Civil Veterinary Dept. Bombay admin report 1907-1913 - 1907-1913
Year: 1907
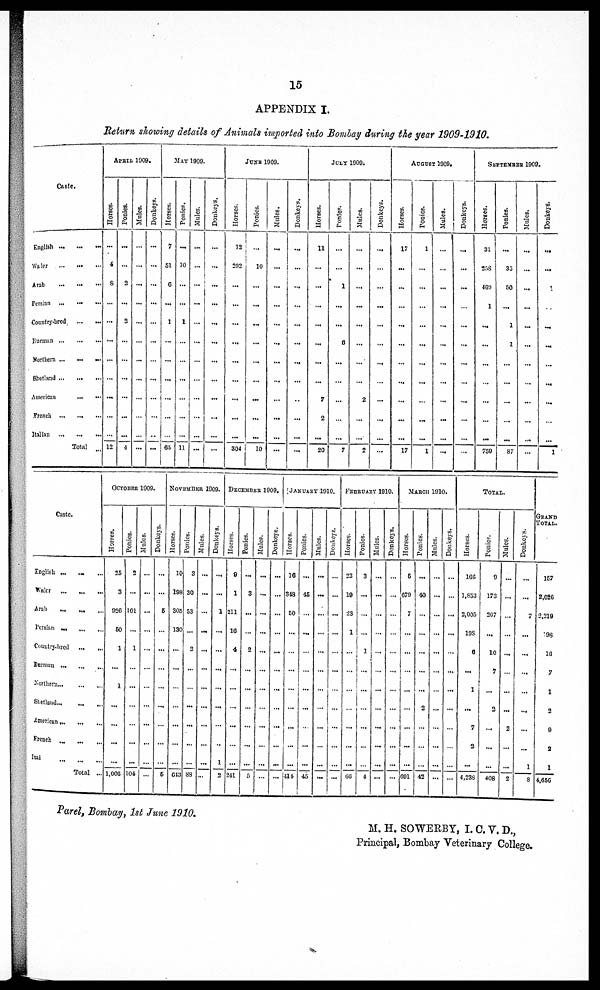
15
APPENDIX I.
Return showing details of Animals imported into Bombay during the year 1909-1910.
Caste
English ... ... ...
Waler
...
...
...
Arab ... ... ...
Persian
...
...
...
Country-bred
Burman ... ... ...
Northern ... ... ...
Shetland
...
...
...
American ... ...
French ... ... ...
Italian ... ... ...
Total ...
APRIL 1909.
Horses.
...
4
8
...
...
...
...
...
...
...
...
12
Ponies.
...
...
...
...
...
...
...
...
...
...
...
4
Mules.
...
...
...
...
...
...
...
...
...
...
...
...
Donkeys.
...
...
...
...
...
...
...
...
...
...
..
...
MAY 1909.
Horses.
7
51
0
...
1
...
...
...
...
...
...
65
Ponies.
...
30
...
...
1
...
...
...
...
...
...
11
Mules.
...
...
...
...
...
...
...
...
...
...
...
...
Donkeys.
...
...
...
...
...
...
...
...
...
...
...
...
...
JUNE 1909.
Horses.
12
292
...
...
...
...
...
...
...
...
...
304
Ponies.
...
10
...
...
...
...
...
...
...
...
...
10
Mules.
...
...
...
...
...
...
...
...
...
...
...
...
Donkeys.
...
...
...
...
...
...
...
...
...
...
...
...
Horses.
11
...
...
...
...
...
...
...
7
2
...
20
JULY 1909.
Ponies.
...
...
1
...
...
0
...
...
...
...
...
7
Mules.
...
...
...
...
...
...
...
...
2
...
...
2
Donkeys.
...
...
...
...
...
...
...
...
...
...
...
...
AUGUST 1909.
Horses.
17
...
...
...
...
...
...
...
...
...
...
17
Ponies.
1
...
...
...
...
...
...
...
...
...
...
1
Mules.
i
...
...
...
...
...
...
...
...
...
...
...
...
Donkeys.
...
...
...
...
...
...
...
...
...
...
...
...
SEPTEMBER 1909
Horses.
31
35S
469
1
...
...
...
...
...
...
...
759
Ponies.
...
35
50
...
1
1
...
...
...
...
...
S7
Mules.
...
...
...
...
...
...
...
...
...
...
...
...
Donkeys.
...
...
1
...
...
...
...
...
...
...
...
l
Caste.
English ... ... ...
Wnler
...
...
...
Arab
...
...
...
Persian
...
...
...
Country.hred
...
...
Herman
...
...
...
Northern
...
...
...
Shetland
...
...
...
American ... ... ...
French
...
...
...
Itsi ... ... ...
Total ..
OCTOBER 1909.
Horses.
25
3
920
50
1
...
1
...
...
...
...
1,006
Ponies.
2
...
101
...
1
...
...
...
...
...
...
104,
Mules.
...
...
...
...
...
...
...
...
...
...
...
...
Donkeys.
...
...
6
...
...
...
...
...
...
...
...
5
NOVENBER 1909.
Horses.
10
198
305
130
...
...
...
...
...
...
...
613
Ponies.
3
30
53
...
2
...
...
...
...
...
...
88
Mules.
...
...
...
...
...
...
...
...
...
...
...
...
Donkeys.
...
...
1
...
...
...
...
...
...
...
...1
2
DECEMBER 1909.
Horses.
0
1
211
16
4
...
...
...
...
...
...
241
Ponies.
...
3
...
...
2
...
...
...
...
...
...
5
Mules.
...
...
...
...
...
...
...
...
...
...
...
...
Donkeys.
...
...
...
...
...
...
...
...
...
...
...
...
JANUARY 1910
Horses.
16
313
50
...
...
...
...
...
...
...
...
414
Ponies.
...
45
...
...
...
...
...
...
...
...
...
45
Mules.
...
...
...
...
...
...
...
...
...
...
...
...
Donkeys.
...
...
...
...
...
...
...
...
...
...
...
...
FEBRUARY 1910
Horses.
23
19
23
1
...
...
...
...
...
...
...
06
Ponies.
3
...
...
...
3.
...
...
...
...
...
...
4
Mules.
...
...
...
...
...
...
...
...
...
...
...
...
Donkeys.
...
...
...
...
...
...
...
...
...
...
...
...
MARCH 1910
Horses.
6
679
7
...
...
...
...
...
...
...
...
691
Ponies.
...
40
...
...
...
...
...
2
...
...
...
42
Mules.
...
...
...
...
...
...
...
...
...
...
...
...
Donkeys.
...
...
...
...
...
...
...
...
...
...
...
...
Total.
Horses.
166
1,853
2,005
19S
0
...
1
...
7
2
...
4,238
Ponies
9
173
207
...
10
7
...
2
...
...
...
408
Mules.
...
...
...
...
...
...
...
...
2
...
...
2
Donkeys.
...
...
7
...
...
...
...
...
...
...
1
8
GRAND
TOTAL
157
2,026
2.219
98
13
7
1
2
9
a
1
4,656
Parel, Bombay, 1st June 1910.
M. H. SOWERBY, I. C. V. D.,
Principal, Bombay Veterinary College.